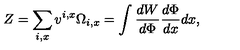
Z = \sum _ { i , x } v ^ { i , x } \Omega _ { i , x } = \int \frac { d W } { d \Phi } \frac { d \Phi } { d x } d x ,